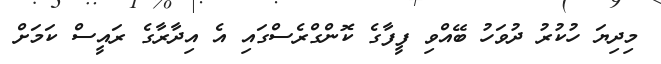
މިދިޔަ ހުކުރު ދުވަހު ބޭއްވި ފީފާގެ ކޮންގްރެސްގައި އެ އިދާރާގެ ރައީސް ކަމަށް